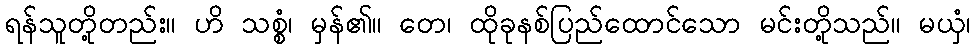
ရန်သူတို့တည်း။ ဟိ သစ္စံ၊ မှန်၏။ တေ၊ ထိုခုနစ်ပြည်ထောင်သော မင်းတို့သည်။ မယှံ၊